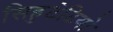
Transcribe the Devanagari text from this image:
सिहुटेटियो